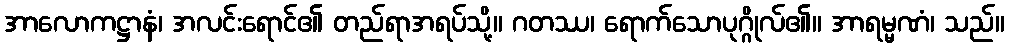
အာလောကဋ္ဌာနံ၊ အလင်းရောင်၏ တည်ရာအရပ်သို့။ ဂတဿ၊ ရောက်သောပုဂ္ဂိုလ်၏။ အာရမ္မဏံ၊ သည်။